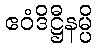
ဧဝံဒိဋ္ဌီနမ္ပိ